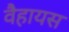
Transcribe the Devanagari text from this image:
वैहायस